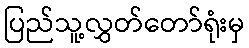
ပြည်သူ့လွှတ်တော်ရုံးမှ